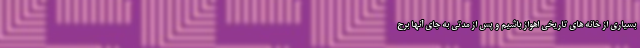
بسیاری از خانه های تاریخی اهواز باشیم و پس از مدتی به جای آنها برج